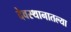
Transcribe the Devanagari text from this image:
देवस्थानातल्या